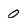
Character: 0